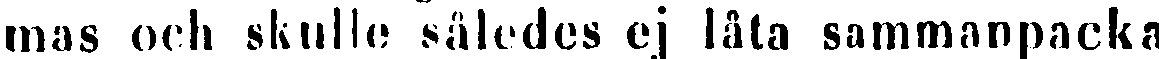
mas och skulle således ej låta sammanpacka